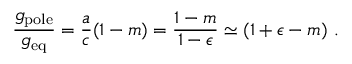
\frac { g _ { \mathrm { { p o l e } } } } { g _ { \mathrm { e q } } } = \frac { a } { c } ( 1 - m ) = \frac { 1 - m } { 1 - \epsilon } \simeq ( 1 + \epsilon - m ) ~ .